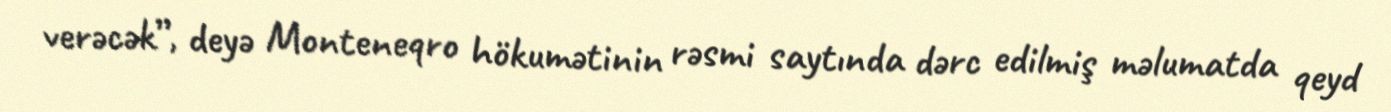
verəcək”, deyə Monteneqro hökumətinin rəsmi saytında dərc edilmiş məlumatda qeyd